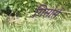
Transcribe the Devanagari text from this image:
गिसोर्स